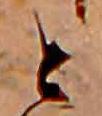
と